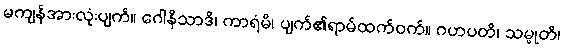
မကျန်အားလုံးပျက်။ ဂေါနိသာဒိ၊ ကာရံမိ၊ ပျက်၏ရာမ်ထက်ဝက်။ ဂဟပတိ၊ သမ္မုတိ၊